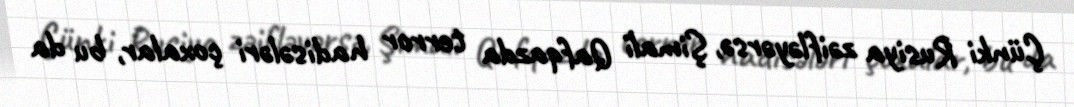
Çünki Rusiya zəifləyərsə, Şimali Qafqazda terror hadisələri çoxalar, bu da